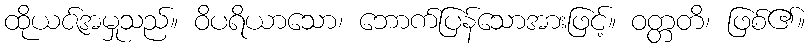
ထိုယဇ်အမှုသည်။ ဝိပရိယာသော၊ ဘောက်ပြန်သောအားဖြင့်။ ဝတ္တတိ၊ ဖြစ်၏။